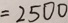
= 2 5 0 0